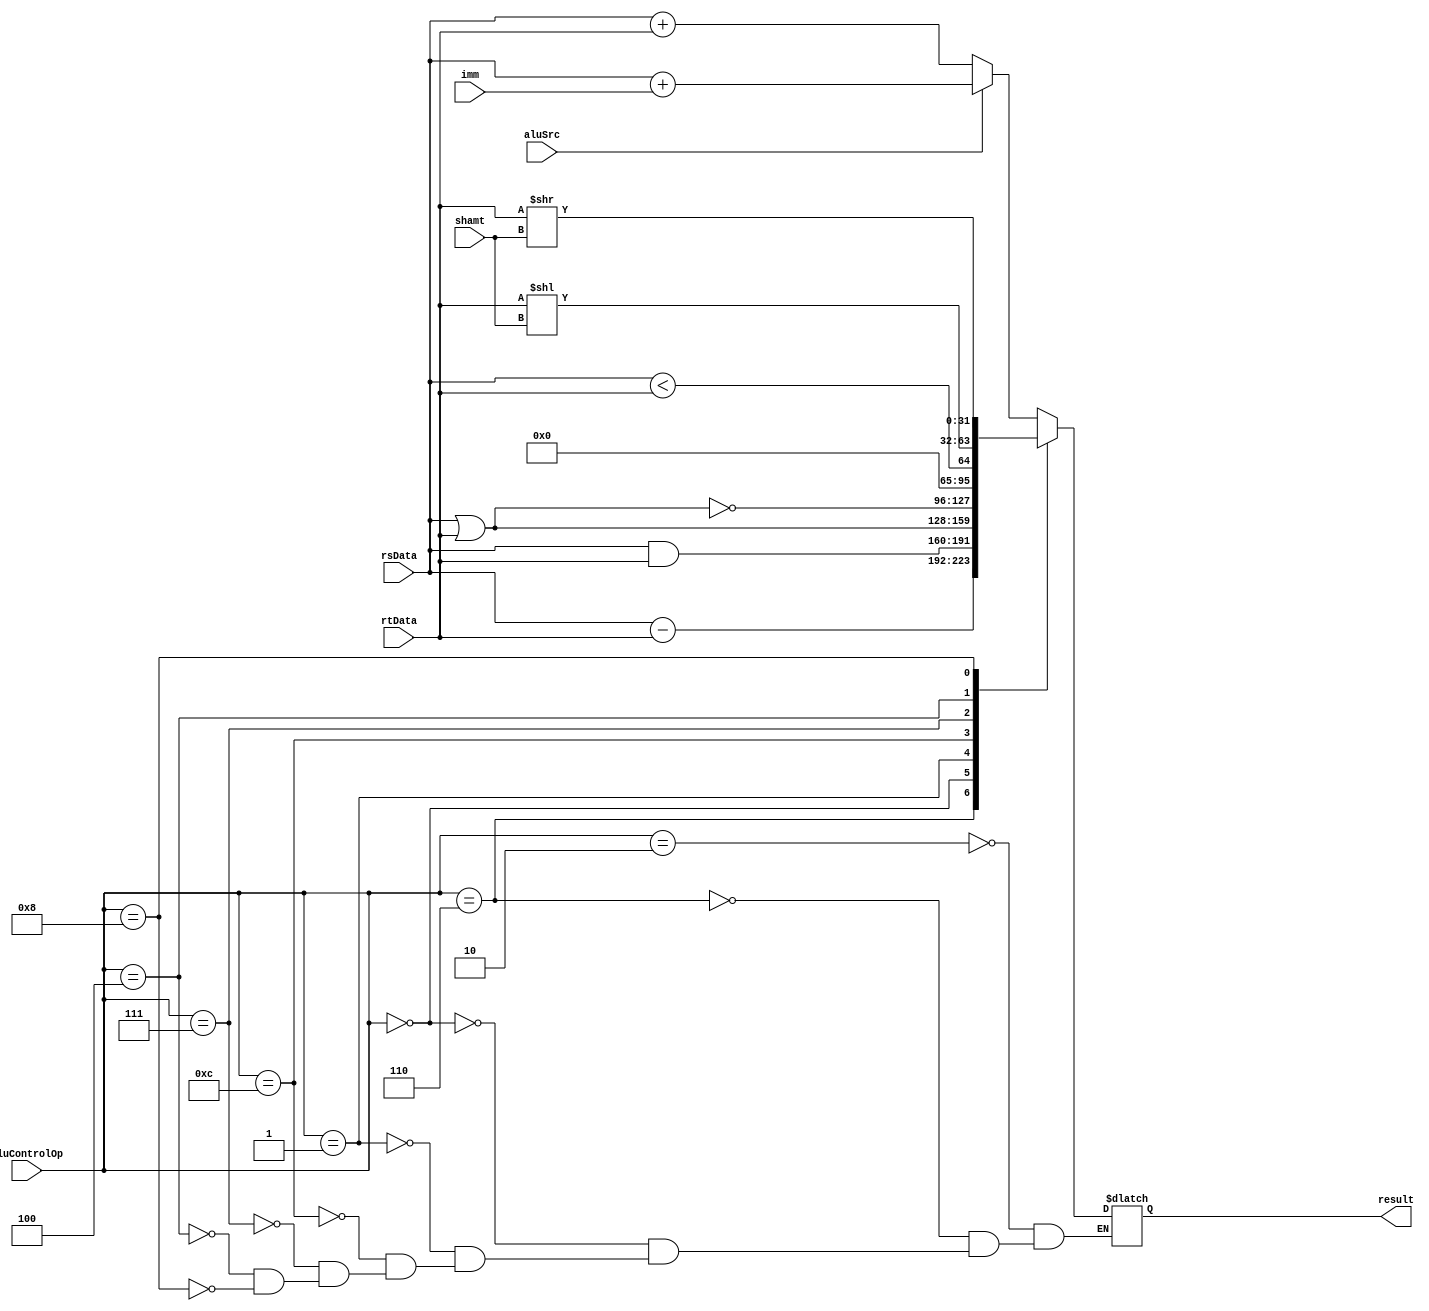
// ALU OPERATIONS
/**
AND = 4'b0000;
OR = 4'b0001;
NOR = 4'b1100;
ADD = 4'b0010;
SUB = 4'b0110;
SLT = 4'b0111; // set on less than
//I MADE UP THESE ALU CONTROL CODES FOR SHIFTING. IDK WHAT IS STANDARD.//
SLL = 4'b0100; // shift left
SRL = 4'b1000; // shift right
//I MADE UP THESE ALU CONTROL CODES FOR SHIFTING. IDK WHAT IS STANDARD.//
**/
module alu (
    // alu control signals
    input wire [3:0] aluControlOp,
    input wire aluSrc, // get from rtData or inst[15:0] sign-extended (imm)
    // data
    input wire [31:0] rsData,
    input wire [31:0] rtData,
    input wire [4:0] shamt,
    input wire [31:0] imm,
    output reg [31:0] result
);

parameter AND = 4'b0000;
parameter OR = 4'b0001;
parameter NOR = 4'b1100;
parameter ADD = 4'b0010;
parameter SUB = 4'b0110;
parameter SLT = 4'b0111; // set on less than
/**I MADE UP THESE ALU CONTROL CODES FOR SHIFTING. IDK WHAT IS STANDARD.**/
parameter SLL = 4'b0100; // shift left
parameter SRL = 4'b1000; // shift right
/**I MADE UP THESE ALU CONTROL CODES FOR SHIFTING. IDK WHAT IS STANDARD.**/

always @ (*) begin
    case(aluControlOp)
    ADD: begin
        result <= aluSrc ? rsData + imm : rsData + rtData; // addi or regular add
    end

    SUB: begin
        result <= rsData - rtData;
    end

    AND: begin
        result <= rsData & rtData; 
    end

    OR: begin
        result <= rsData | rtData;
    end

    NOR: begin
        result <= rsData ~| rtData;
    end

    SLT: begin
        result <= rsData < rtData;
    end

    SLL: begin
        result <= rtData << shamt;
    end

    SRL: begin
        result <= rtData >> shamt;
    end
endcase
end


endmodule